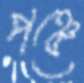
পঞ্চে